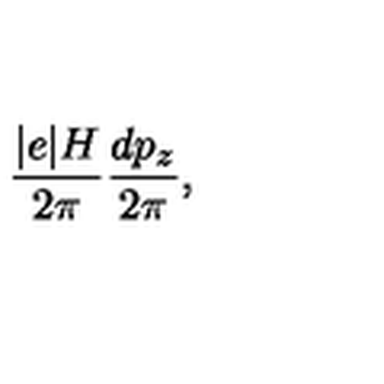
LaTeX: \frac { \vert e \vert H } { 2 \pi } \frac { d p _ { z } } { 2 \pi } , \nonumber